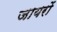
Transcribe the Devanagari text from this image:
जायरों